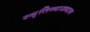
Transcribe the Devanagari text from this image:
स्मृतिव्याख्यान